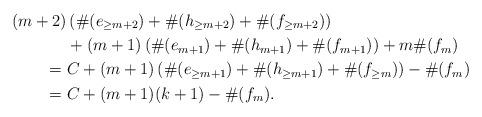
LaTeX: \begin{align*} (m+2)&\left( \#(e_{\geq m+2})+\#(h_{\geq m+2})+\#(f_{\geq m+2})\right) \\&+ (m+1)\left( \#(e_{m+1})+\#(h_{m+1})+\#(f_{m+1})\right)+m\#(f_m) \\= {} & C + (m+1) \left( \#(e_{\geq m+1})+\#(h_{\geq m+1})+\#(f_{\geq m}) \right) - \#(f_m) \\= {} & C + (m+1)(k+1) - \#(f_m).\end{align*}